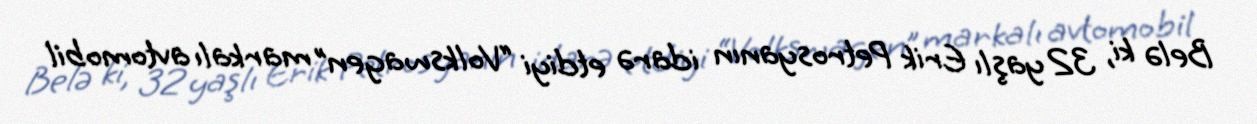
Belə ki, 32 yaşlı Erik Petrosyanın idarə etdiyi “Volkswagen” markalı avtomobil